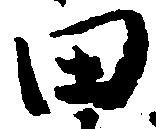
田